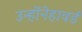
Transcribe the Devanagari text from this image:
उन्होंनेहावर्ड